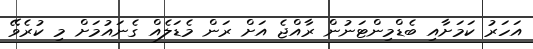
އަހަރު ކަމަށާއި ބެޑްމިންޓަނުން ރާއްޖެ އަށް ރަން މެޑަލެއް ގެނައުމަށް މި ކުރެވޭ